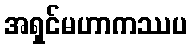
အရှင်မဟာကဿပ